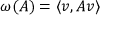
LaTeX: \omega ( A ) = \langle v , A v \rangle